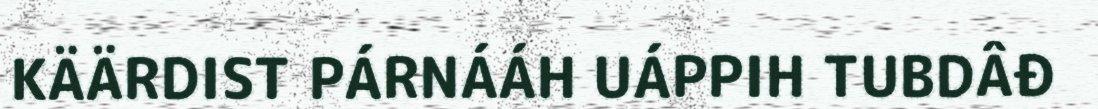
KÄÄRDIST PÁRNÁÁH UÁPPIH TUBDÂĐ